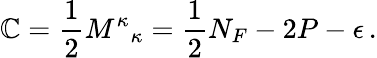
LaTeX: \mathbb{C}=\frac{{1}}{{2}}{M^{\kappa}}_{\kappa}=\frac{{1}}{{2}}N_{F}-2P-\epsilon\, .